Annual administration report of the Civil Veterinary Department of India - 1897-1898
Year: 1897
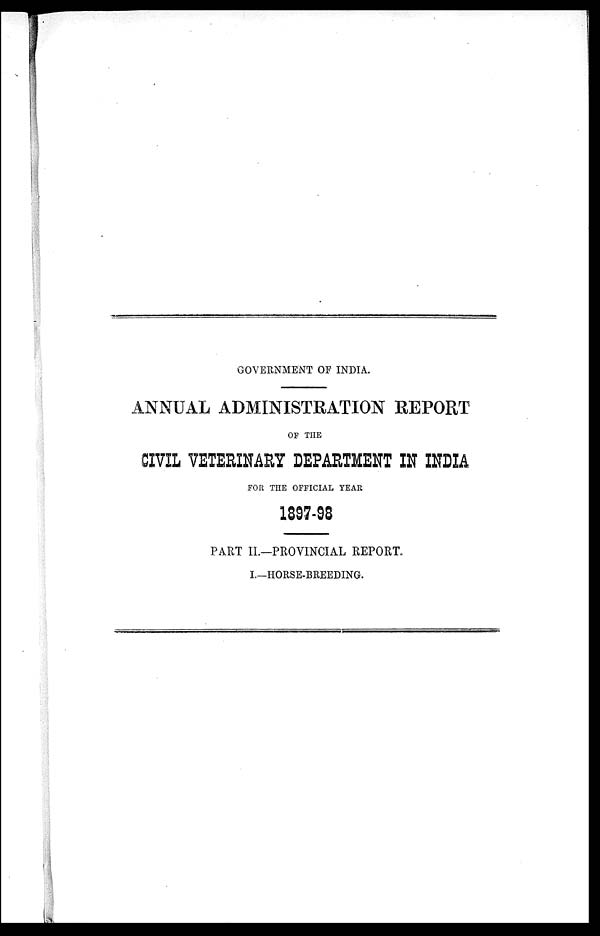
GOVERNMENT OF INDIA.
ANNUAL ADMINISTRATION REPORT
OF THE
CIVIL VETERINARY DEPARTMENT IN INDIA
FOR THE OFFICIAL YEAR
1897-98
PART II.—PROVINCIAL REPORT.
I.—HORSE-BREEDING.